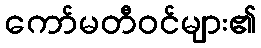
ကော်မတီဝင်များ၏